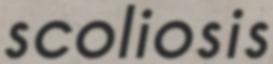
scoliosis